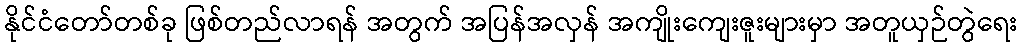
နိုင်ငံတော်တစ်ခု ဖြစ်တည်လာရန် အတွက် အပြန်အလှန် အကျိုးကျေးဇူးများမှာ အတူယှဉ်တွဲရေး